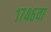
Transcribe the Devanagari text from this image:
१७४६वा